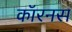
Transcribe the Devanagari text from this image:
कॉरनस